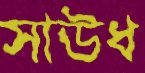
সাউধ